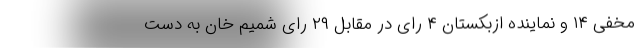
مخفی ۱۴ و نماینده ازبکستان ۴ رای در مقابل ۲۹ رای شمیم خان به دست